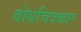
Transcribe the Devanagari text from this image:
बोधचित्रकार